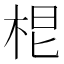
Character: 𭩷